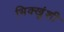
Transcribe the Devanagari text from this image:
भिक्खुंशी